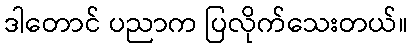
ဒါတောင် ပညာက ပြလိုက်သေးတယ်။